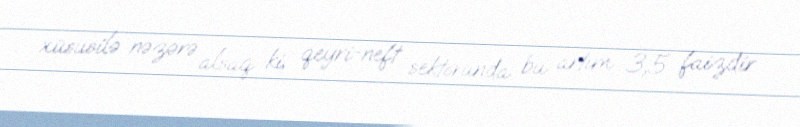
xüsusilə nəzərə alsaq ki, qeyri-neft sektorunda bu artım 3,5 faizdir.